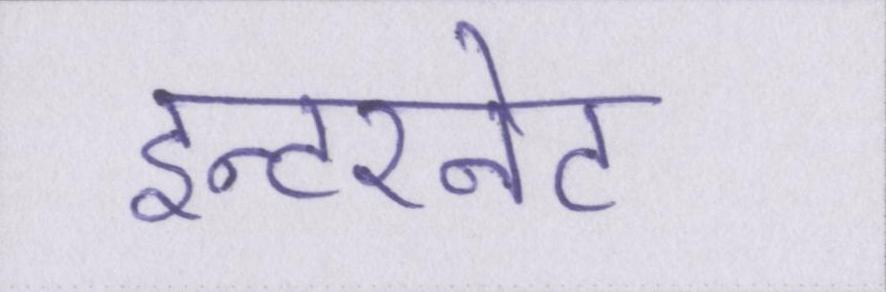
इन्टरनेट